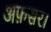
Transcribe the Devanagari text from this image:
अफ़सर।